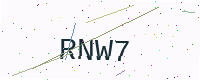
Text: RNW7